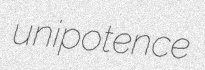
unipotence